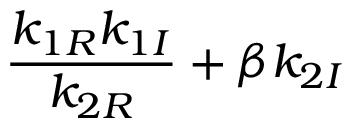
\displaystyle { \frac { k _ { 1 R } k _ { 1 I } } { k _ { 2 R } } + \beta k _ { 2 I } }